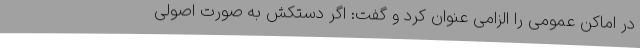
در اماکن عمومی را الزامی عنوان کرد و گفت: اگر دستکش به صورت اصولی